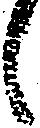
候